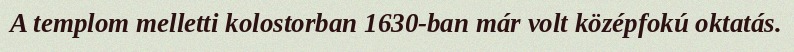
A templom melletti kolostorban 1630-ban már volt középfokú oktatás.